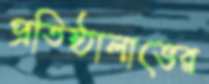
প্রতিষ্ঠালাভের